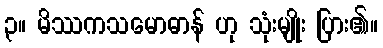
၃။ မိဿကသမောဓာန် ဟု သုံးမျိုး ပြား၏။